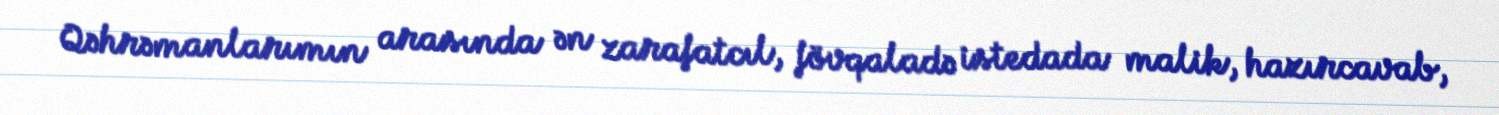
Qəhrəmanlarımın arasında ən zarafatcıl, fövqaladə istedada malik, hazırcavab,